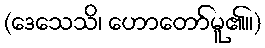
(ဒေသေသိ၊ ဟောတော်မူ၏။)